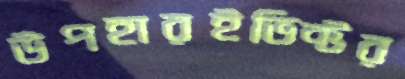
উপহারইভিক্টর